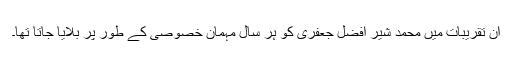
ان تقریبات میں محمد شیر افضل جعفری کو ہر سال مہمان خصوصی کے طور پر بلایا جاتا تھا۔